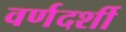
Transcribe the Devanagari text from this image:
वर्णदर्शी